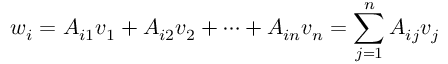
w _ { i } = A _ { i 1 } v _ { 1 } + A _ { i 2 } v _ { 2 } + \cdots + A _ { i n } v _ { n } = \sum _ { j = 1 } ^ { n } A _ { i j } v _ { j }